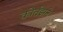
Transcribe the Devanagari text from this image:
कोर्तझने